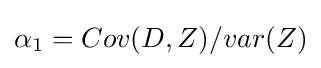
\alpha _{1}=Cov(D,Z)/var(Z)